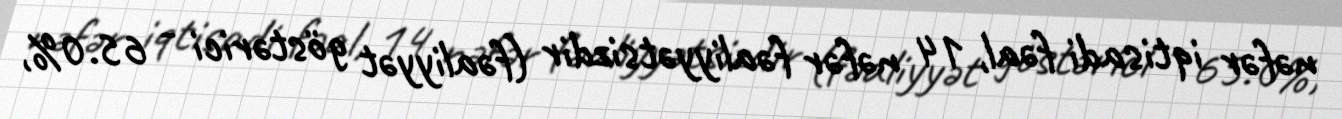
nəfər iqtisadi fəal, 14 nəfər fəaliyyətsizdir (fəaliyyət göstərici - 65.0%,